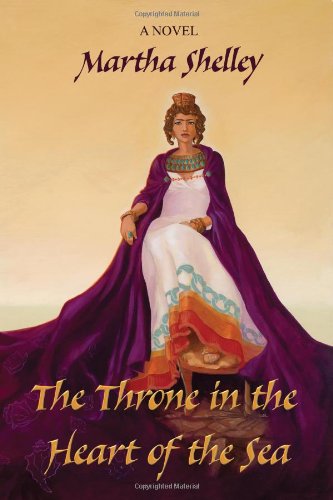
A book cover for The Throne in the Heart of the Sea; Martha Shelley; Romance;